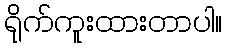
ရိုက်ကူးထားတာပါ။